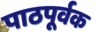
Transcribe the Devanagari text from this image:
पाठपूर्वक